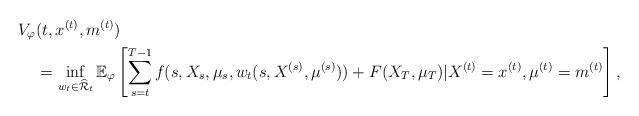
LaTeX: \begin{align*} V_{\varphi}& (t,x^{(t)},m^{(t)})\\& =\inf_{w_t \in \widehat{\mathcal{R}}_t}\mathbb{E}_{\varphi}\left[\sum_{s=t}^{T-1}f(s,X_s,\mu_s,w_t(s,X^{(s)},\mu^{(s)}))+ F(X_T,\mu_T)| X^{(t)}=x^{(t)}, \mu^{(t)}=m^{(t)}\right],\end{align*}